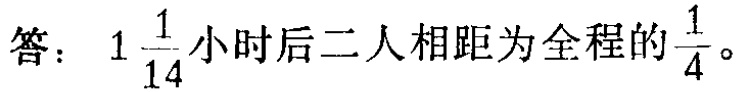
答： \(1\frac{1}{14}\)小时后二人相距为全程的\(\frac{1}{4}\)。